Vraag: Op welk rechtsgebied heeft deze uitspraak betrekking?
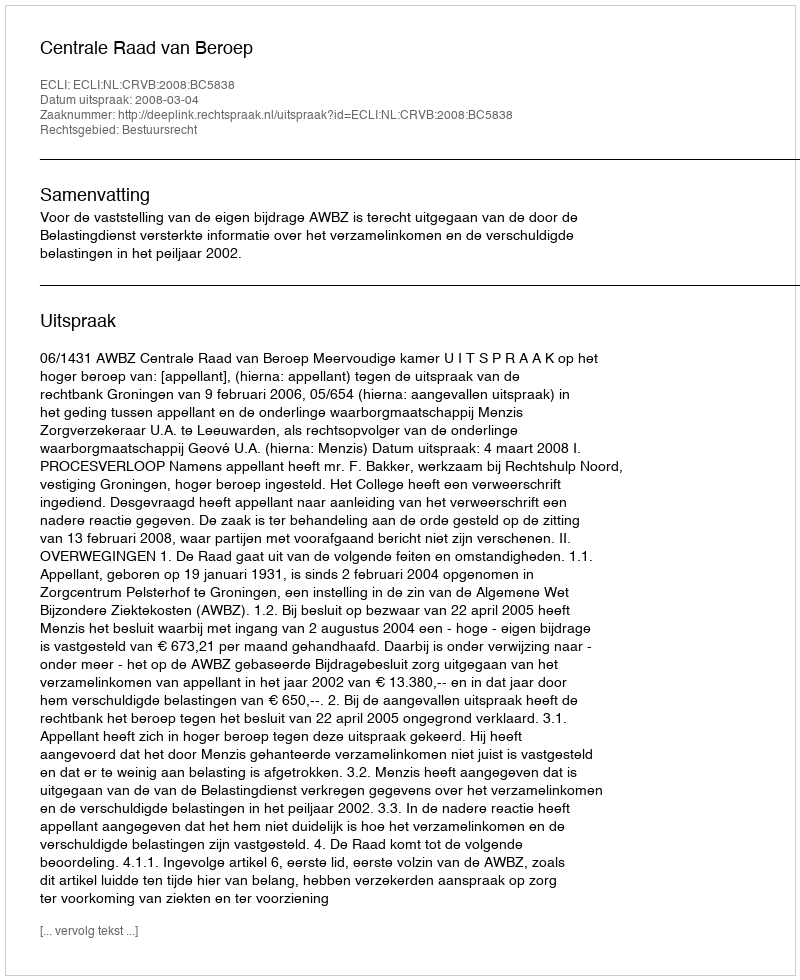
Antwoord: Bestuursrecht